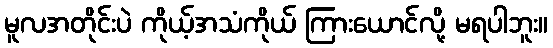
မူလအတိုင်းပဲ ကိုယ့်အသံကိုယ် ကြားယောင်လို့ မရပါဘူး။